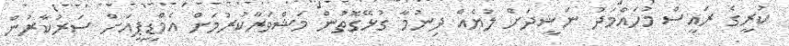
ކުރީގެ ރައީސް މުހައްމަދު ނަޝީދަށް ލުޔެއް ދިނުމާ ގުޅޭގޮތުން މަޝްވަރާކުރުމަށް އެމްޑީޕީއަށް ސަރުކާރުން